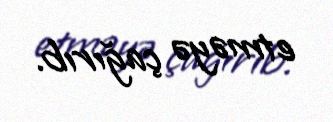
etməyə çağırıb.